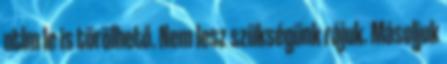
ntlm le is törölhető. Nem lesz szükségünk rájuk. Másoljuk